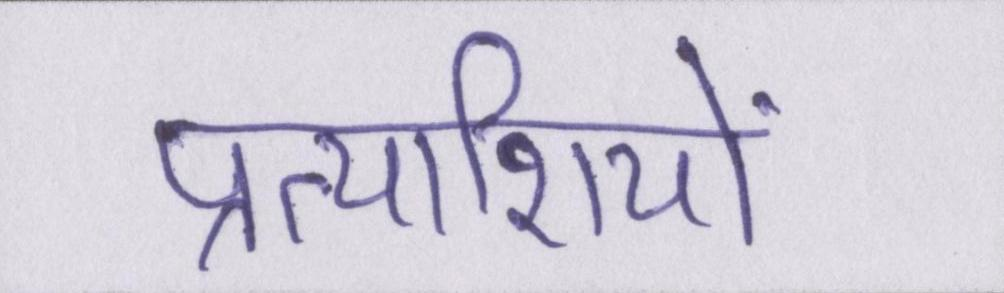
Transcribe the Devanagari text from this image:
प्रत्याशियों